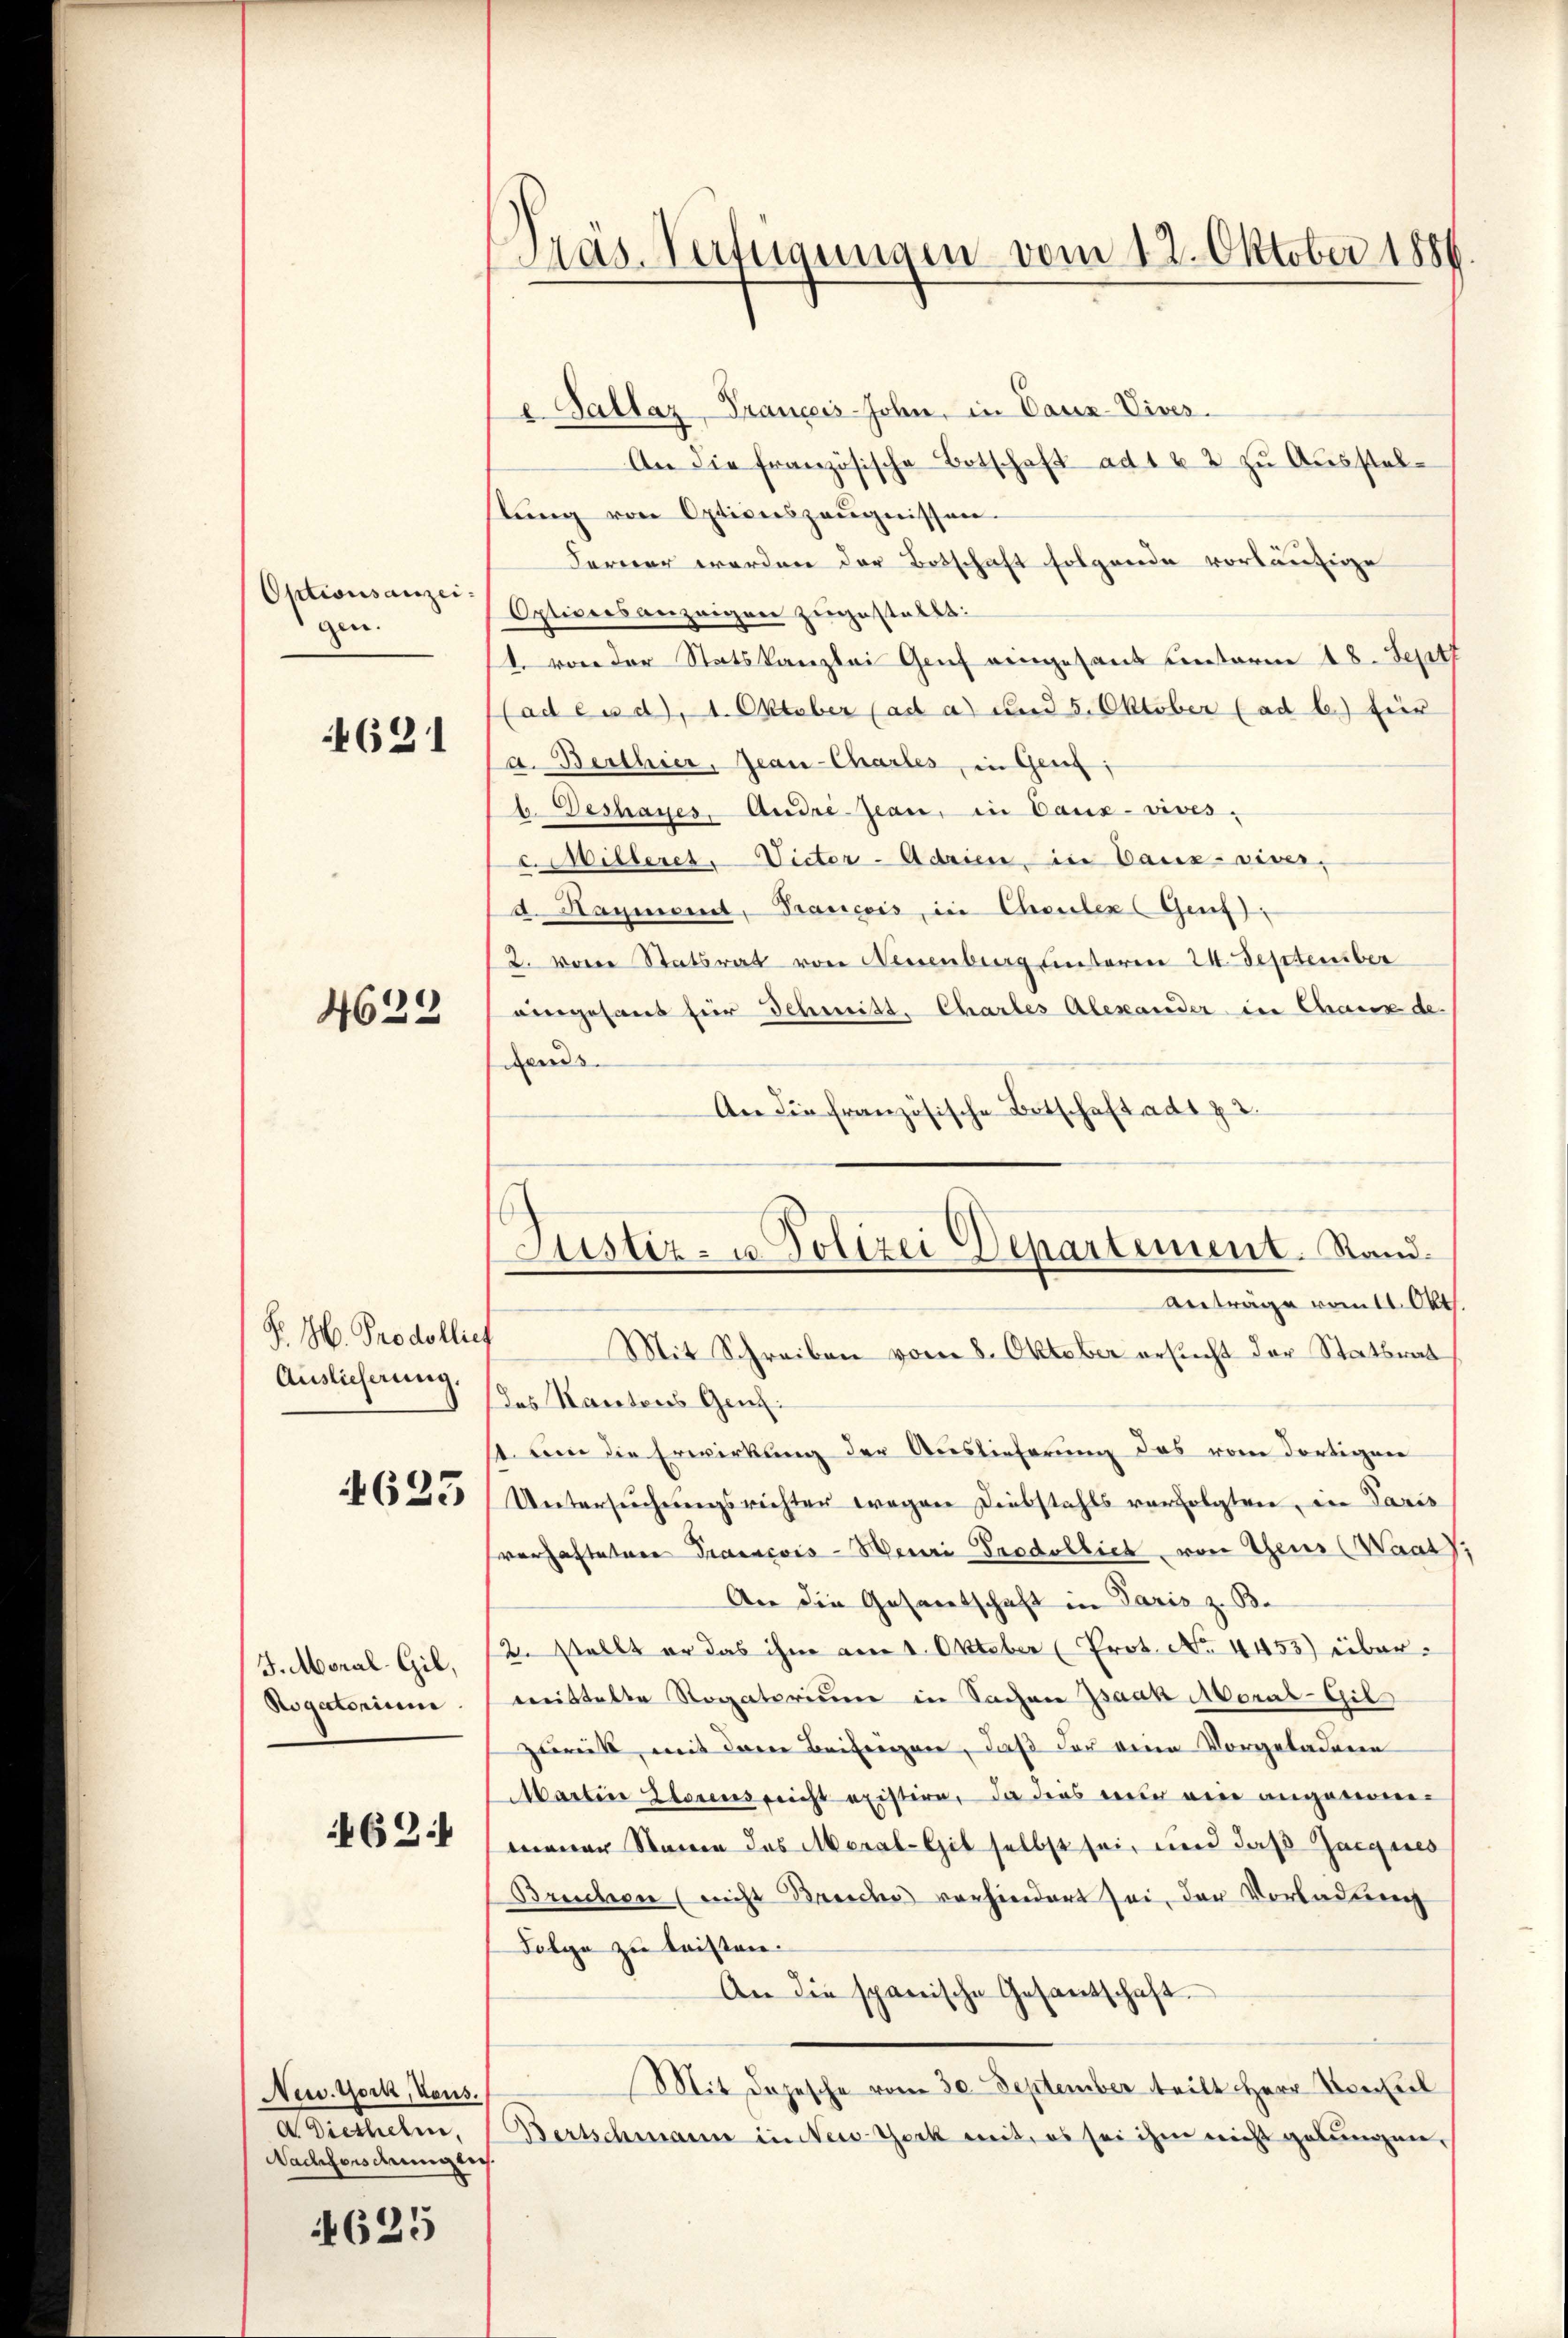
Optionsanzeigen.

4631

4633

P. M. Prodollief
Auslieferung.

4623

J. Monal-Gil,
Rogatorium

462.

New York, Vous.
Nachforsdmiglich.

625

Das Verfügungen vom 12. Oktober 1881

e. Pallaz-Tranceis-John, in Cauz-Vives.
An die französische Botschaft ad 1 x 2 zu Ausstelstŭng von Optionszeŭgnissen.
Ferner worden der Botschaft folgende vorläufige
Optiversanzeigen zugestellt:
4. von der Statskanzlei Genf eingesand unterm 18. Sept
(ad es d. 1. Oktober (ad a) und 5. Oktober (ad b.) Einr
a. Berthier, Jean-Chartes, in Gent:
b. Deshaues, Andre-jean, in Daux-vives.
Willeres, Victer-Adrien, in Bauz-viver-
d. Hammend. Trasicois, in Chouler Genf),
2. von Statsrat von Neuenburg unteren 24. September
eingesant für Schmitt, Chartes Alexander in Chaus de
dens.
An die französische Betschaft ad 2.

Justiz- u. Polizei Departement. Stand.
Anträge vom 11. Okt.

Mit Schreiben vom 8. Oktober ersucht der Statswal
das Kantons Genzst um die Erwirkung der Auslieferung das vom dortigen
Untersuchungsrichten wegen Diebstahls verfolgten, in Paris
verhaftetere Francois-Meuri Trodollich von Theus (Waat),
An die Gesandtschaft in Paris z. B.
2. stellt er das ihm am 1. Oktober (Prot. No. 4453) übermeistalte Rogatorium in Sachen Isaak Moral-Gil
zurück, mit dem Beifrigen, daß der eine Vorgeladene
Martin Zlorens reicht existire, da dies mir ein angenommener Namen des Moral-Git selbst sei, und daß Jacques
Bruchen (nicht Bruche vorhindert sei, der Vorladung
Folge zu leisten.
An die spanische Gesantschaft.
Mit Dojesche vom 30. September teilt Herr Vorteil
dDiethelm, Bertschmann in New-York mit, es sei ihm nicht gelungen,